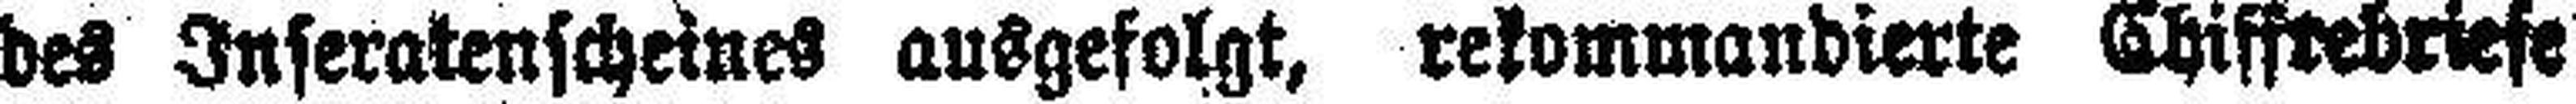
des Inseratenscheines ausgefolgt, rekommandierte Chiffrebriefe